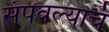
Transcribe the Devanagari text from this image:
संपवल्याचं